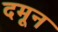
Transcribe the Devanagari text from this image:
दमून